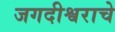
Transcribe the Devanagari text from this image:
जगदीश्वराचे